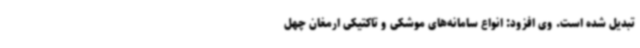
تبدیل شده است. وی افزود: انواع سامانه‌های موشکی و تاکتیکی ارمغان چهل